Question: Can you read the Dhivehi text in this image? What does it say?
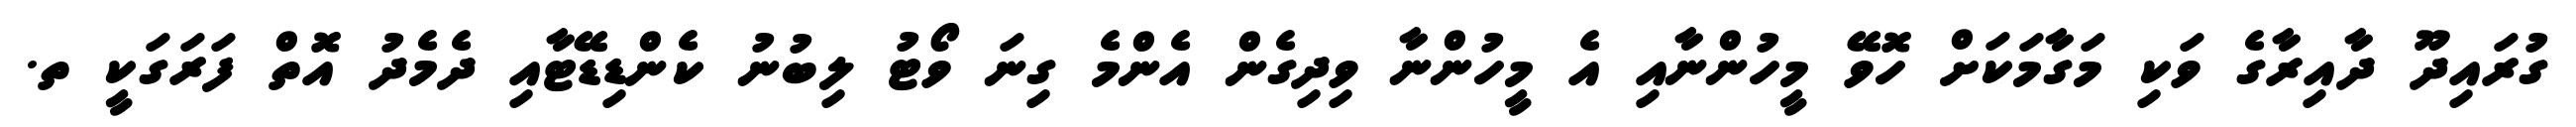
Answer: ގުރައިދޫ ދާއިރާގެ ވަކި މަގާމަކަށް ހޮވޭ މީހުންނާއި އެ މީހުންނާ ވިދިގެން އެންމެ ގިނަ ވޯޓު ލިބުނު ކެންޑިޑޭޓާއި ދެމެދު އޮތް ފަރަގަކީ ތ.